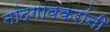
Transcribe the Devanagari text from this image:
नांदगावकरांनी